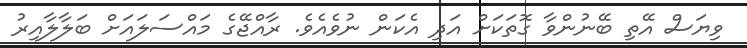
ވިޔަސް އޭތި ބޭނުންވާ ގޮތަކަށް އަދި އެކަން ނުވެއެވެ. ރާއްޖޭގެ މައްސަލައަށް ބަލާލާއިރު